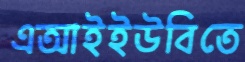
এআইইউবিতে